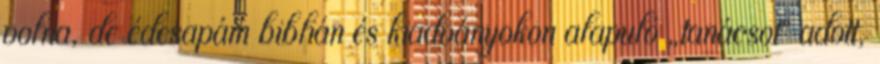
volna, de édesapám biblián és kiadványokon alapuló „tanácsot” adott,